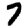
Digit: 7